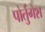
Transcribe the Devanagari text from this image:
पोर्तुगेश